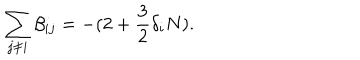
LaTeX: \sum _ { j \neq i } \beta _ { i j } = - ( 2 + \frac { 3 } { 2 } \delta _ { i } N ) .